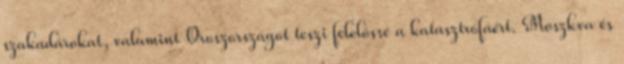
szakadárokat, valamint Oroszországot teszi felelőssé a katasztrófáért. Moszkva és